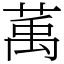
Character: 萭